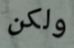
ولكن